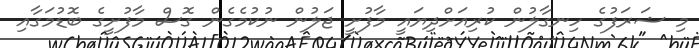
މި ޝަރަފުގެ ހިނގާލުން ކުރިއަށްދިޔައީ މާފުށީ ޖަލުން ނުކުމެގެން ގޮސް މާފުށީގެ ބޮޑުމަގާއި